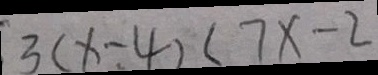
3 ( x - 4 ) < 7 x - 2